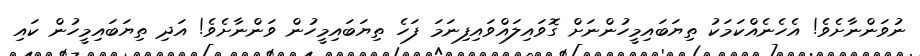
ނުވަންނާށެވެ! އެހެނެއްކަމަކު ތިޔަބައިމީހުންނަށް ގޮވައިލައްވައިފިނަމަަ ފަހެ ތިޔަބައިމީހުން ވަންނާށެވެ! އަދި ތިޔަބައިމީހުން ކައި